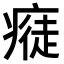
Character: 𤸭